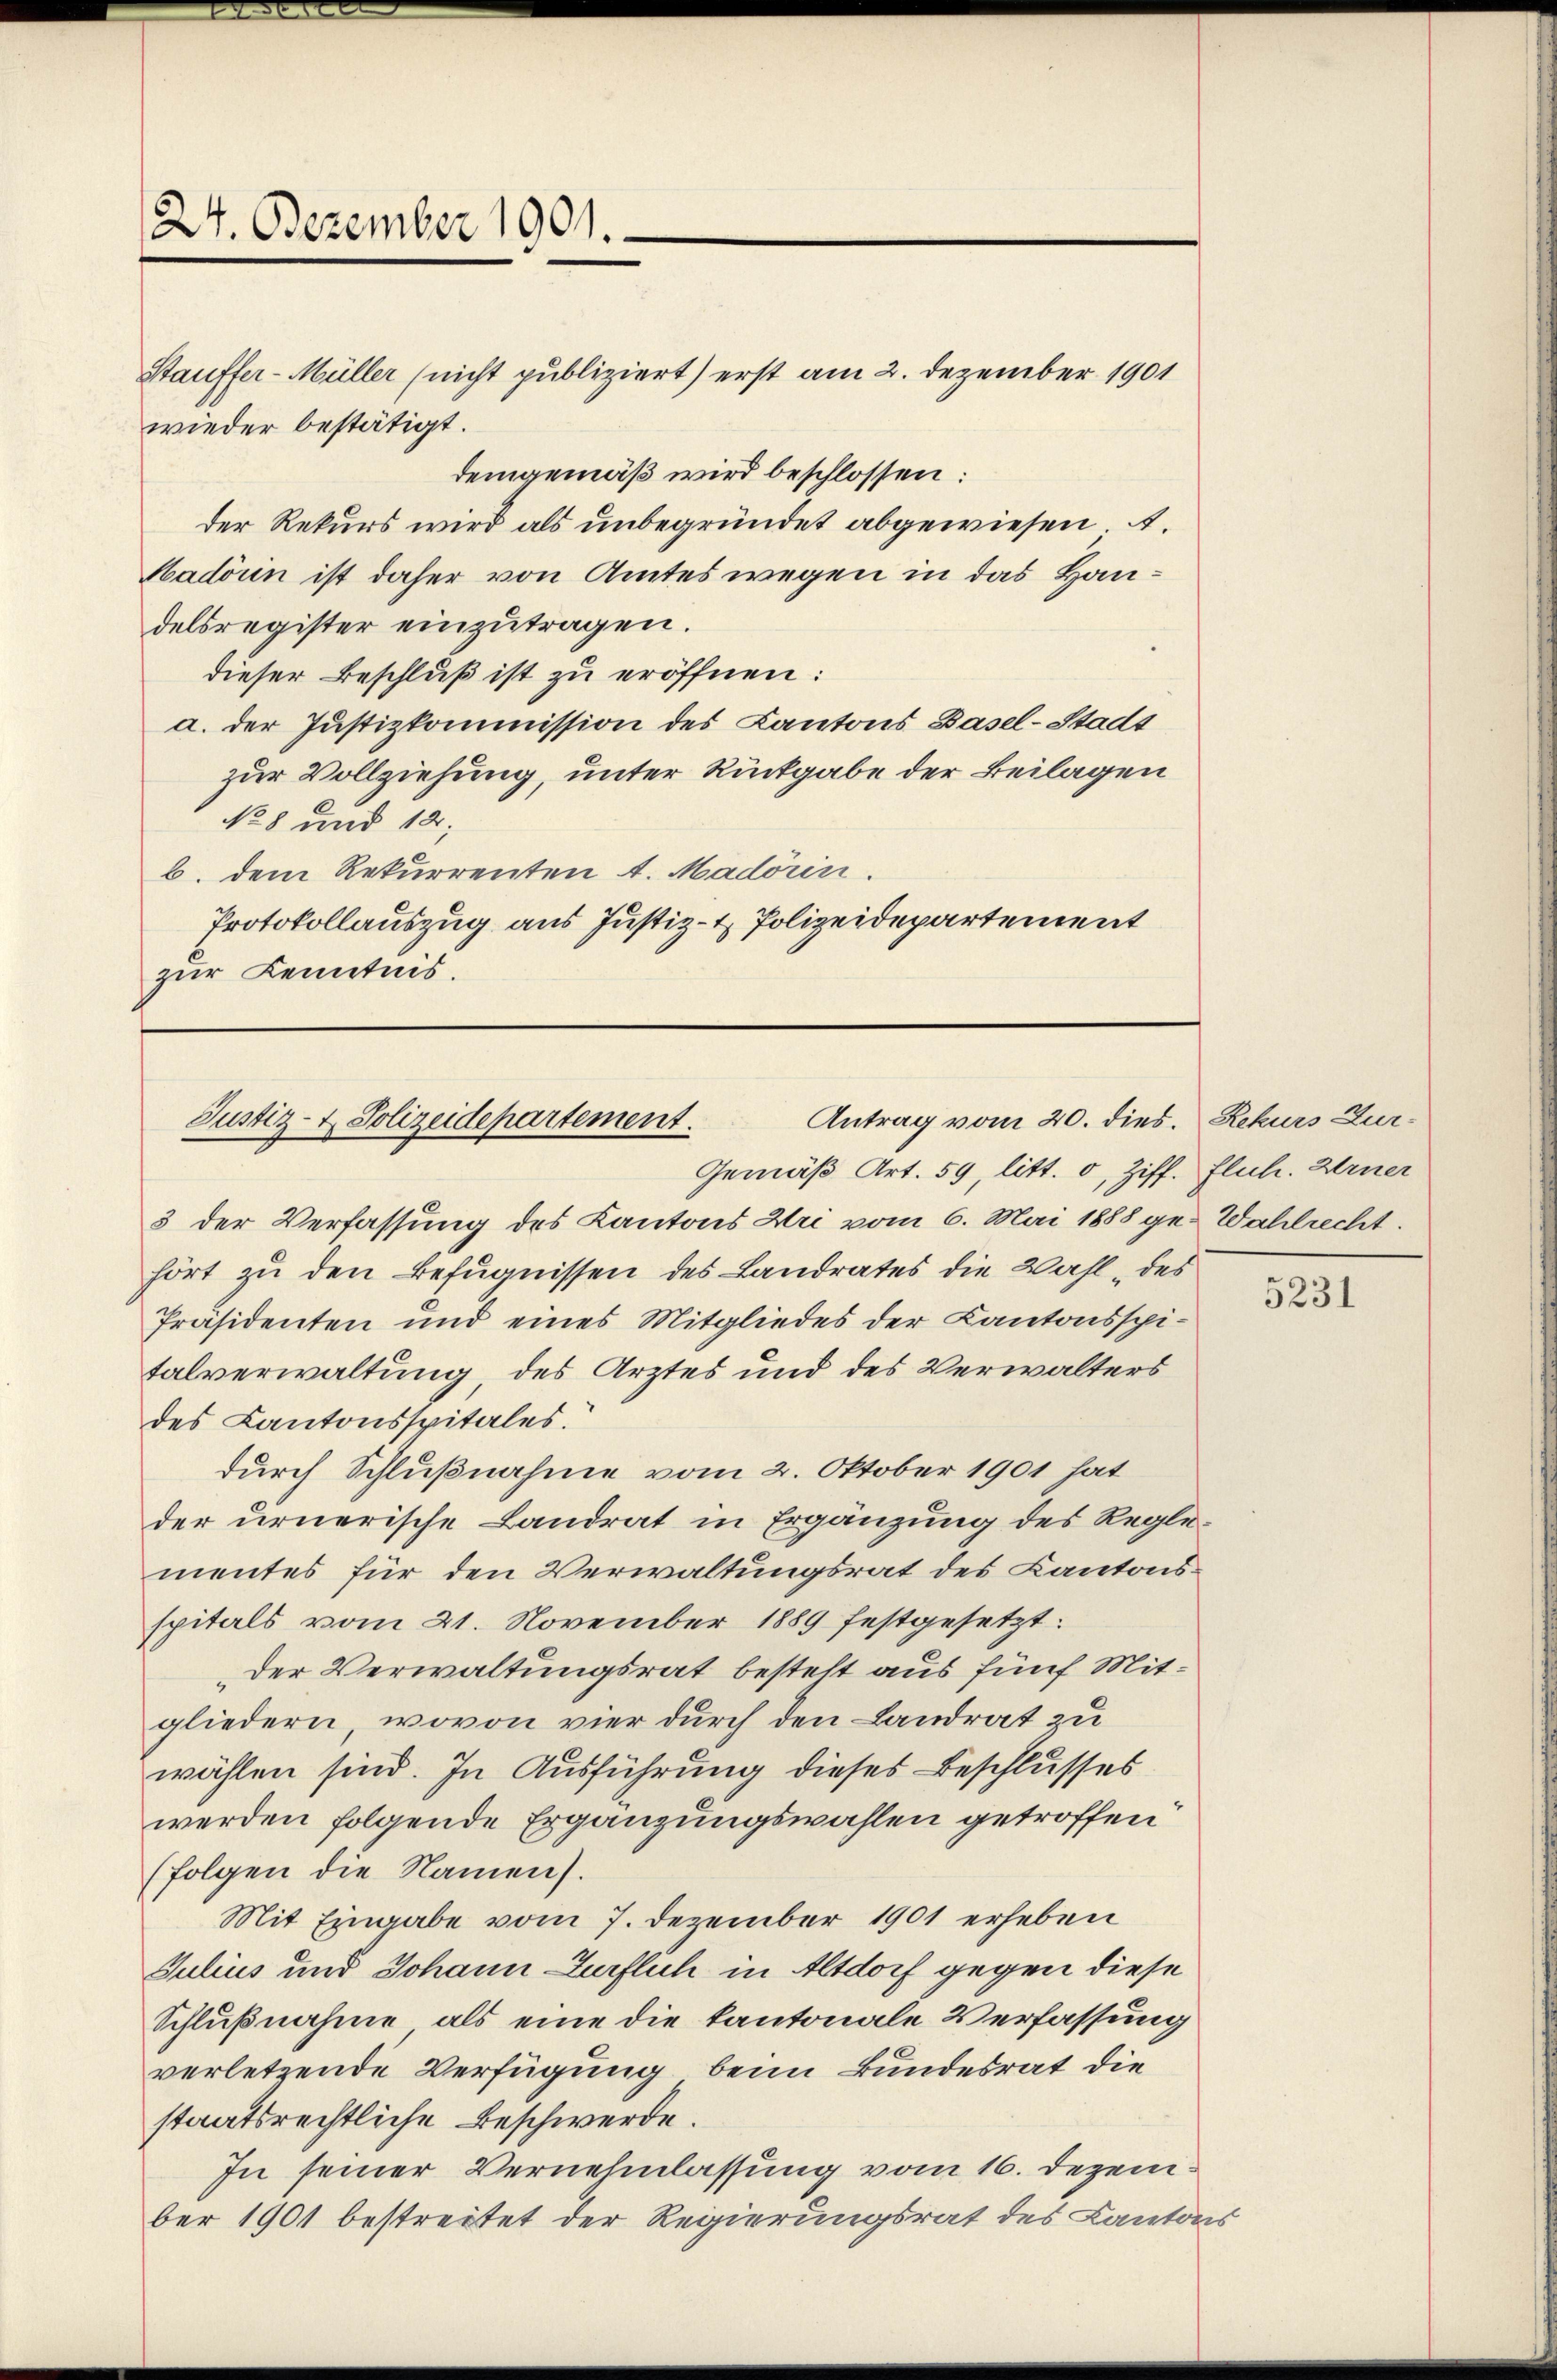
24. Dezember 1901.

Stauffer-Müller (nicht publiziert) erst am 2. Dezember 1901
wieder bestätigt.
demgemäß wird beschlossen:
der Rekurs wird als unbegründet abgewiesen. A.
Hadorn ist daher von Amtes wegen in das Handelsregister einzutragen.
dieser Beschluß ist zu eröffnen:
a. der Justizkommission des Kantons Basel-Stadt
zur Vollziehung, unter Rückgabe der Beilagen
No 8 und 12.
b. dem Rekurrenten A. Madörin.
Protokollauszug aus Justiz- & Polizeidepartement
zur Kenntnis.

Antrag vom 20. dies. Rekurs Zur¬
Justiz- & Polizeidepartement.

Gemäß Art. 59, litt. d, Ziff. Fluch. Arner
3 der Verfassung des Kantons Uri vom 6. Mai 1888 ge-Wahlrecht.
hört zu den Befugnissen des Landrates die Wahl des
Präsidenten und eines Mitgliedes der Kantonsspitalverwaltung, des Arztes und des Verwalters
des Kantonsspitales.
durch Schlußnahme vom 2. Oktober 1901 hat
der urnerische Landrat in Ergänzung des Reglementes für den Verwaltungsrat des Kantonsspitals vom 21. November 1889 festgesetzt:
der Verwaltungsrat besteht aus fünf Mitgliedern, wovon vier durch den Landrat zu
wählen sind. In Ausführung dieses Beschlusses
werden folgende Ergänzungswahlen getroffen
(folgen die Namen).
Mit Eingabe vom 7. Dezember 1901 erheben
Julius und Johann-Zürflich in Altdorf gegen diese
Schlußnahme als eine die kantonale Verfassung
verletzende Verfügung beim Bundesrat die
staatsrechtliche Beschwerde.
In seiner Vernehmlassung vom 16. Dezember 1901 bestreitet der Regierungsrat des Cantons

5231